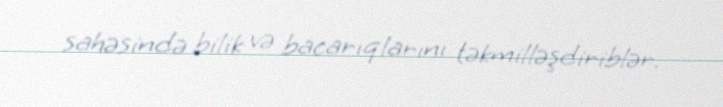
sahəsində bilik və bacarıqlarını təkmilləşdiriblər.